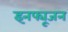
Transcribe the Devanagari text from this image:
इनफ्यूजन